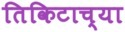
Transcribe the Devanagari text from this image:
तिकिटाच्या